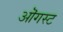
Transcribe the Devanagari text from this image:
ऒगस्ट